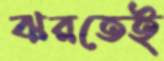
ঝরতেই